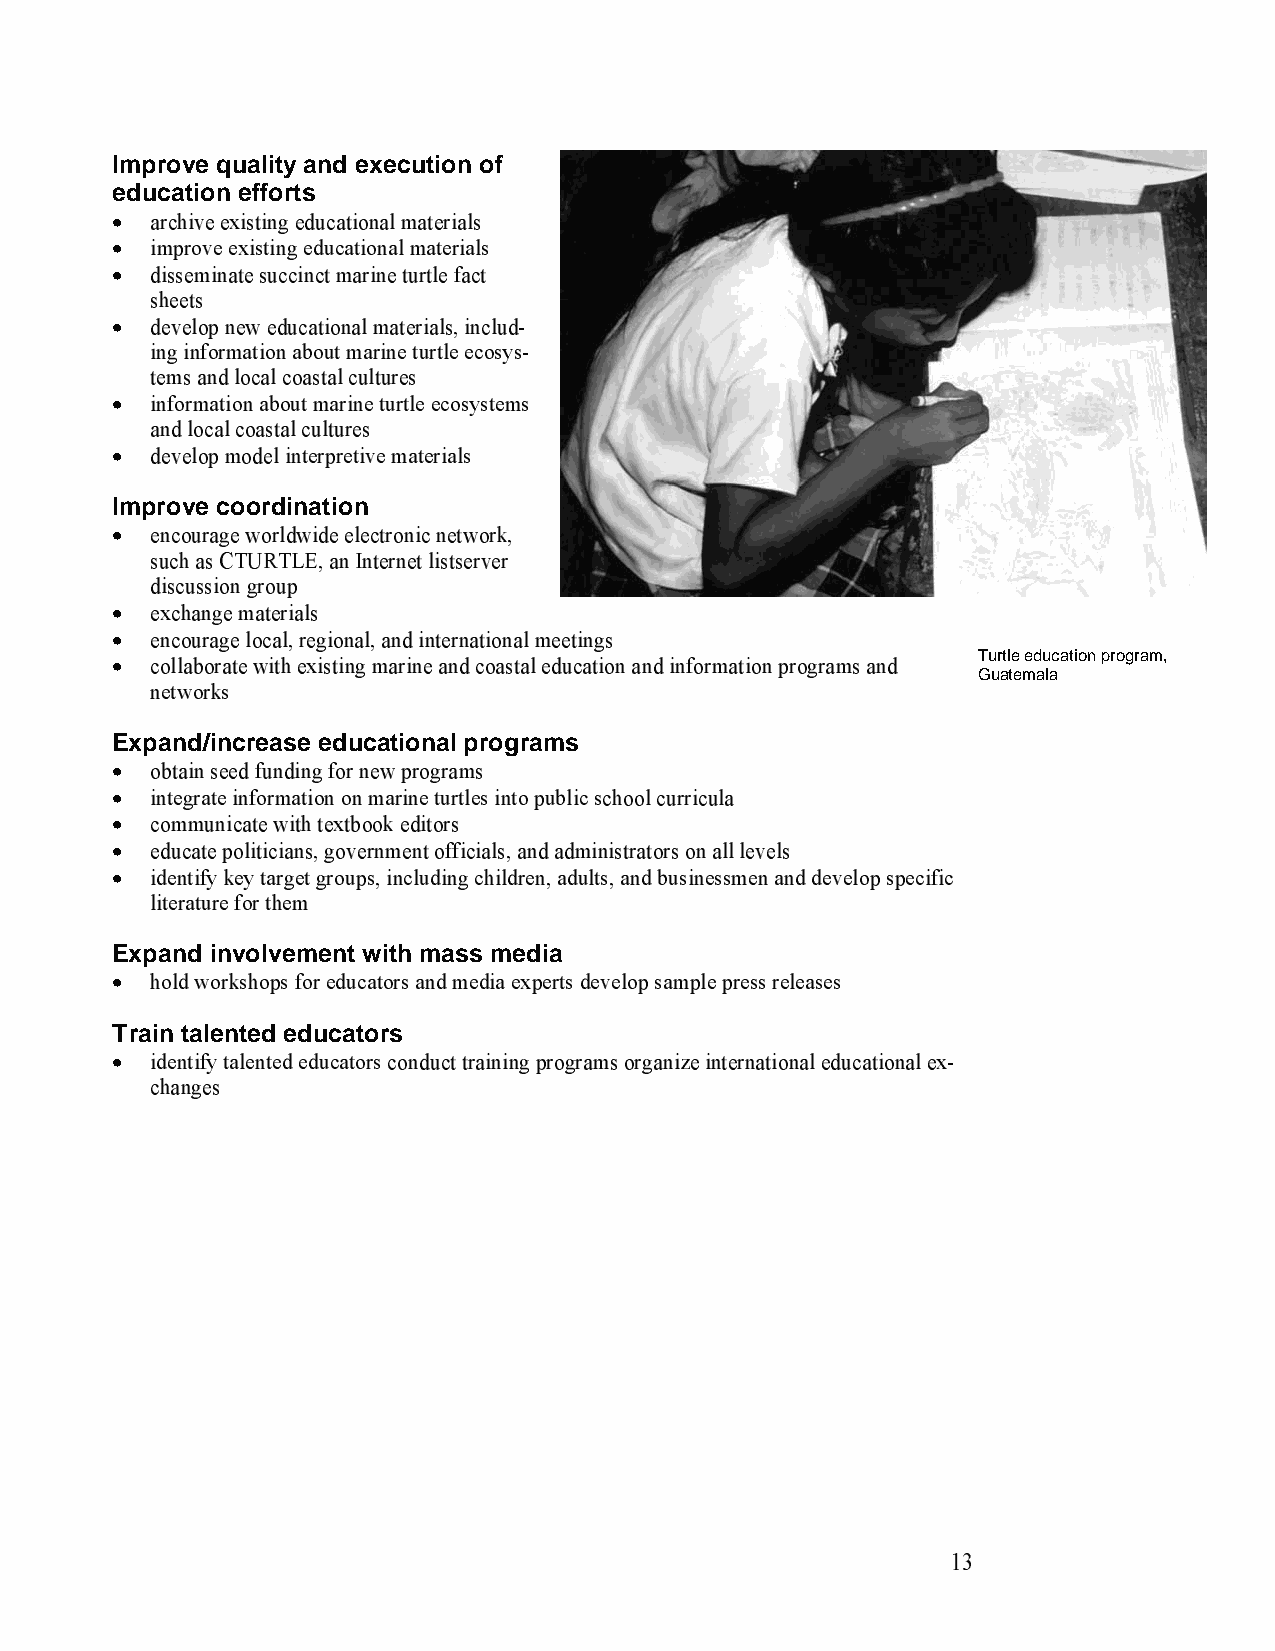
Improve quality and execution of
 education efforts
 archive existing educational materials
 •  improve existing educational materials
 •  disseminate succinct marine turtle fact
 •  sheets
 develop new educational materials, includ-
 •  ing information about marine turtle ecosys-
 tems and local coastal cultures
 information about marine turtle ecosystems
 •  and local coastal cultures
 develop model interpretive materials
 •
 Improve coordination
 encourage worldwide electronic network,
 •  such as CTURTLE, an Internet listserver
 discussion group
 exchange materials
 •  encourage local, regional, and international meetings
 •  collaborate with existing marine and coastal education and information programs and
 Turtle education program,
 •  networks                                               G uatemala
 Expand/increase educational programs
 obtain seed funding for new programs
 •  integrate information on marine turtles into public school curricula
 •  communicate with textbook editors
 •  educate politicians, government officials, and administrators on all levels
 •  identify key target groups, including children, adults, and businessmen and develop specific
 •  literature for them
 Expand involvement with mass media
 hold workshops for educators and media experts develop sample press releases
 •
 Train talented educators
 identify talented educators conduct training programs organize international educational ex-
 •  changes
 13